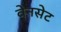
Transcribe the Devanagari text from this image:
वेनसेट